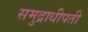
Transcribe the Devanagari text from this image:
समुद्राधीपती